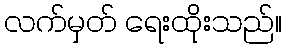
လက်မှတ် ရေးထိုးသည်။